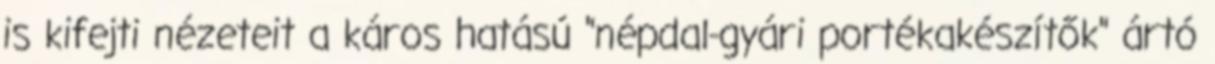
is kifejti nézeteit a káros hatású "népdal-gyári portékakészítők" ártó